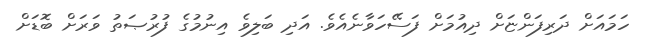
ހަމައަށް ދަރިފަންޏަށް ދިއުމަށް ފަސޭހަވާނެއެވެ. އަދި ބަލިވެ އިނުމުގެ ފުރުޞަތު ވަރަށް ބޮޑަށް